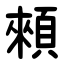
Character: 顂